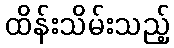
ထိန်းသိမ်းသည့်